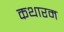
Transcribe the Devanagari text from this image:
कथारम